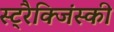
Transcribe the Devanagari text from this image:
स्ट्रैक्जिंस्की